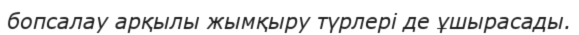
бопсалау арқылы жымқыру түрлері де ұшырасады.